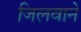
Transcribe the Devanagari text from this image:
जिलवाने